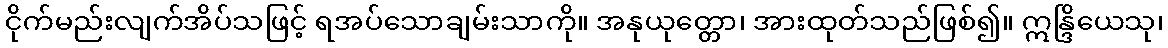
ငိုက်မည်းလျက်အိပ်သဖြင့် ရအပ်သောချမ်းသာကို။ အနုယုတ္တော၊ အားထုတ်သည်ဖြစ်၍။ ဣန္ဒြိယေသု၊